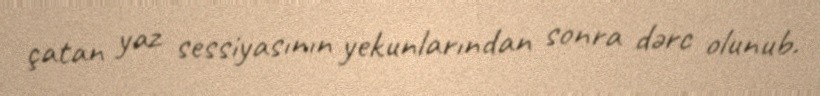
çatan yaz sessiyasının yekunlarından sonra dərc olunub.